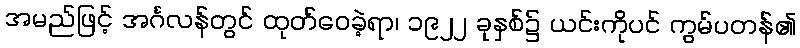
အမည်ဖြင့် အင်္ဂလန်တွင် ထုတ်ဝေခဲ့ရာ၊ ၁၉၂၂ ခုနှစ်၌ ယင်းကိုပင် ကွမ်ပတန်၏